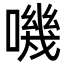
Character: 嘰